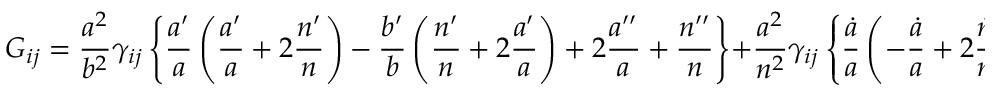
G _ { i j } = \frac { a ^ { 2 } } { b ^ { 2 } } \gamma _ { i j } \left\{ \frac { a ^ { \prime } } { a } \left( \frac { a ^ { \prime } } { a } + 2 \frac { n ^ { \prime } } { n } \right) - \frac { b ^ { \prime } } { b } \left( \frac { n ^ { \prime } } { n } + 2 \frac { a ^ { \prime } } { a } \right) + 2 \frac { a ^ { \prime \prime } } { a } + \frac { n ^ { \prime \prime } } { n } \right\} + \frac { a ^ { 2 } } { n ^ { 2 } } \gamma _ { i j } \left\{ \frac { \dot { a } } { a } \left( - \frac { \dot { a } } { a } + 2 \frac { \dot { n } } { n } \right) - 2 \frac { \ddot { a } } { a } + \frac { \dot { b } } { b } \left( - 2 \frac { \dot { a } } { a } + \frac { \dot { n } } { n } \right) - \frac { \ddot { b } } { b } \right\} - k \gamma _ { i j }